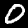
Label: 0